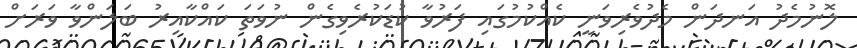
ލޮނުމެދު އަނދަން މެދުވެރިވަނީ ކެއްކުމުގައި ފަރުވާ ކުޑަކުރެވިގެން ނުވަތަ ކައްކާއިރު ބަލަންވާ ވަރަށް